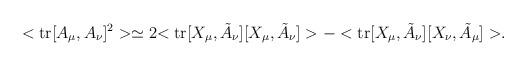
LaTeX: \begin{align*}<{\rm tr}[A_\mu,A_\nu]^2> \simeq 2 { <{\rm tr}[X_\mu, \tilde{A}_\nu] [X_\mu, \tilde{A}_\nu]> - < {\rm tr}[X_\mu, \tilde{A}_\nu] [X_\nu, \tilde{A}_\mu]> }.\end{align*}